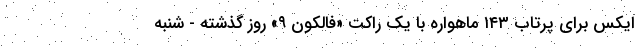
ایکس برای پرتاب ۱۴۳ ماهواره با یک راکت «فالکون ۹» روز گذشته - شنبه